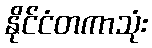
နိုင်ငံတကာသုံး